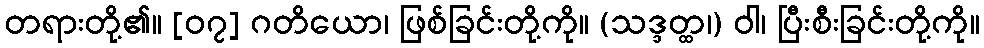
တရားတို့၏။ [၀၇] ဂတိယော၊ ဖြစ်ခြင်းတို့ကို။ (သဒ္ဒတ္ထ၊) ဝါ၊ ပြီးစီးခြင်းတို့ကို။